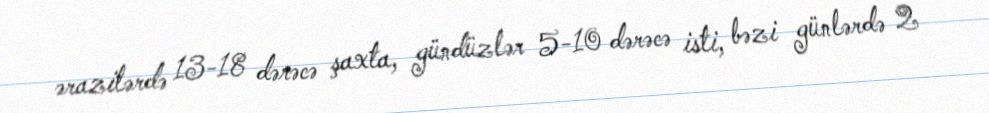
ərazilərdə 13-18 dərəcə şaxta, gündüzlər 5-10 dərəcə isti, bəzi günlərdə 2